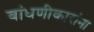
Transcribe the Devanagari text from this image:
बांधणीकारांना